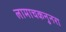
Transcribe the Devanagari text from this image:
लामाचकनुनरा